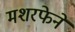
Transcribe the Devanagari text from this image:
मशरफेने